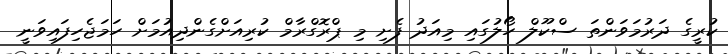
ކުރީގެ ދަރުމަވަންތަ ސްކޫލް ހޯލުގައި މިއަދު ފެށި މި ޕްރޮގްރާމް ކުރިއަށްގެންދިއުމަށް ހަމަޖެހިފައިވަނީ